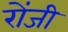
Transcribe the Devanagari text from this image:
रोंजी